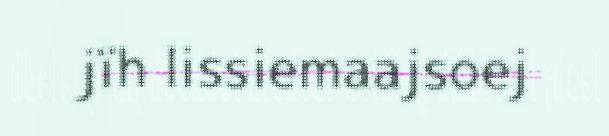
jïh lissiemaajsoej